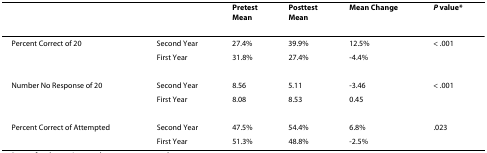
<table><thead><tr><td></td><td></td><td><b>PretestMean</b></td><td><b>PosttestMean</b></td><td><b>Mean Change</b></td><td><b><i>P </i>value*</b></td></tr></thead><tbody><tr><td>Percent Correct of 20</td><td>Second Year</td><td>27.4%</td><td>39.9%</td><td>12.5%</td><td>&lt; .001</td></tr><tr><td></td><td>First Year</td><td>31.8%</td><td>27.4%</td><td>-4.4%</td><td></td></tr><tr><td>Number No Response of 20</td><td>Second Year</td><td>8.56</td><td>5.11</td><td>-3.46</td><td>&lt; .001</td></tr><tr><td></td><td>First Year</td><td>8.08</td><td>8.53</td><td>0.45</td><td></td></tr><tr><td>Percent Correct of Attempted</td><td>Second Year</td><td>47.5%</td><td>54.4%</td><td>6.8%</td><td>.023</td></tr><tr><td></td><td>First Year</td><td>51.3%</td><td>48.8%</td><td>-2.5%</td><td></td></tr></tbody></table>